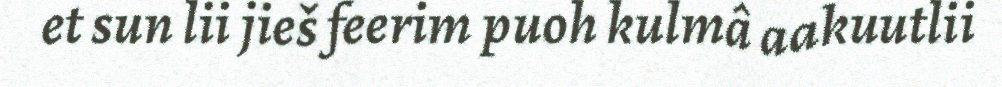
et sun lii jieš feerim puoh kulmâ aakuutlii